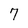
Character: 7